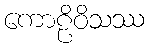
ကောဠိဝိသဿ